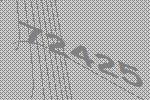
72425